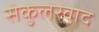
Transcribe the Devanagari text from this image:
सेकुलरवाद